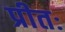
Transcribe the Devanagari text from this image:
प्रीतः